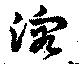
溶